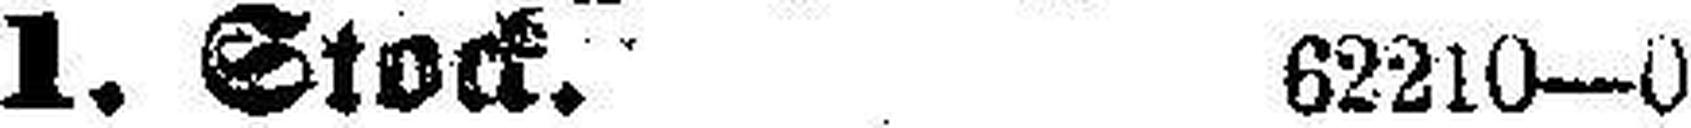
1. Stock. 62210—0